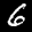
Label: 6